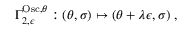
\Gamma _ { 2 , \epsilon } ^ { \mathrm { O s c } , \theta } : ( \theta , \sigma ) \mapsto \left( \theta + \lambda \epsilon , \sigma \right) \, ,